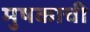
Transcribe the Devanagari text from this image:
मुषकाची